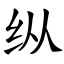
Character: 纵